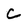
Character: C